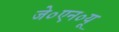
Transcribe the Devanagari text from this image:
जे०एन०यू